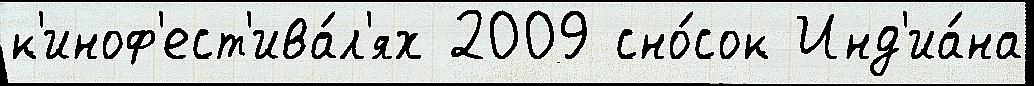
к'иноф'ест'ива́л'ях 2009 сно́сок Инд'иа́на